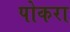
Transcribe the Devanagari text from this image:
पोकरा